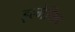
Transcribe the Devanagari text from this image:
इल्मेतिब